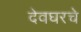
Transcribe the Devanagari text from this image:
देवघरचे